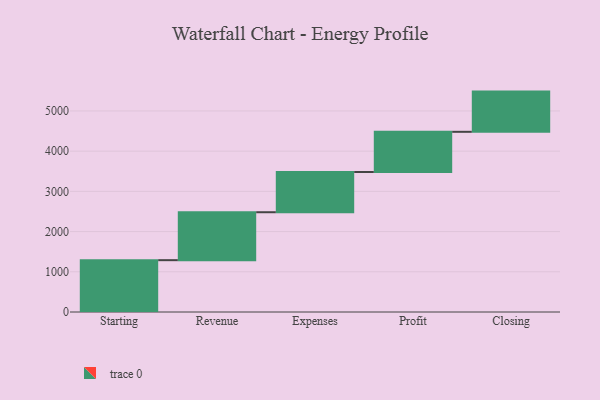
{"axis": {"x": "Step", "y": "Value"}, "legend": [""], "data": [{"x": "Starting", "y": 1289.0, "type": ""}, {"x": "Revenue", "y": 1192.0, "type": ""}, {"x": "Expenses", "y": 1000, "type": ""}, {"x": "Profit", "y": 1000, "type": ""}, {"x": "Closing", "y": 1000, "type": ""}]}